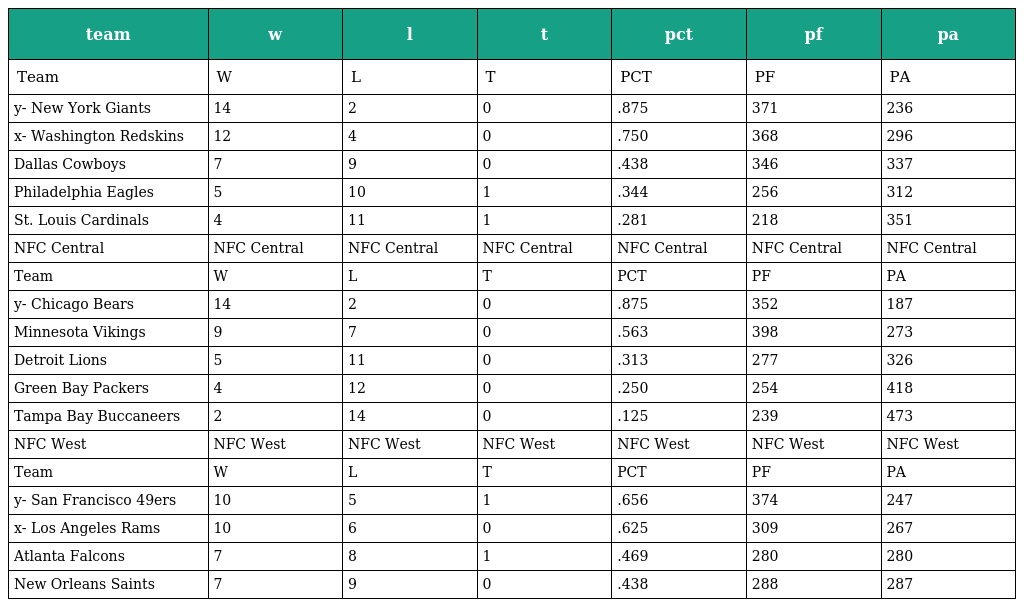
| team | w | l | t | pct | pf | pa |
 | --- | --- | --- | --- | --- | --- | --- |
 | Team | W | L | T | PCT | PF | PA |
 | y- New York Giants | 14 | 2 | 0 | .875 | 371 | 236 |
 | x- Washington Redskins | 12 | 4 | 0 | .750 | 368 | 296 |
 | Dallas Cowboys | 7 | 9 | 0 | .438 | 346 | 337 |
 | Philadelphia Eagles | 5 | 10 | 1 | .344 | 256 | 312 |
 | St. Louis Cardinals | 4 | 11 | 1 | .281 | 218 | 351 |
 | NFC Central | NFC Central | NFC Central | NFC Central | NFC Central | NFC Central | NFC Central |
 | Team | W | L | T | PCT | PF | PA |
 | y- Chicago Bears | 14 | 2 | 0 | .875 | 352 | 187 |
 | Minnesota Vikings | 9 | 7 | 0 | .563 | 398 | 273 |
 | Detroit Lions | 5 | 11 | 0 | .313 | 277 | 326 |
 | Green Bay Packers | 4 | 12 | 0 | .250 | 254 | 418 |
 | Tampa Bay Buccaneers | 2 | 14 | 0 | .125 | 239 | 473 |
 | NFC West | NFC West | NFC West | NFC West | NFC West | NFC West | NFC West |
 | Team | W | L | T | PCT | PF | PA |
 | y- San Francisco 49ers | 10 | 5 | 1 | .656 | 374 | 247 |
 | x- Los Angeles Rams | 10 | 6 | 0 | .625 | 309 | 267 |
 | Atlanta Falcons | 7 | 8 | 1 | .469 | 280 | 280 |
 | New Orleans Saints | 7 | 9 | 0 | .438 | 288 | 287 |